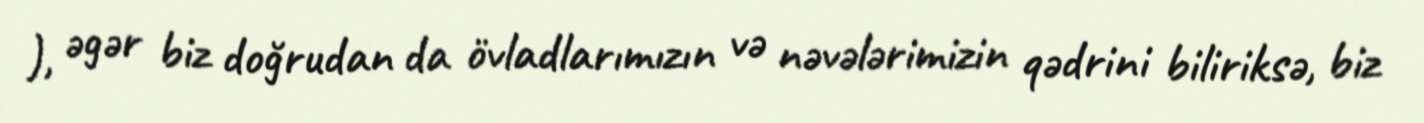
), əgər biz doğrudan da övladlarımızın və nəvələrimizin qədrini biliriksə, biz